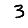
Digit: 3